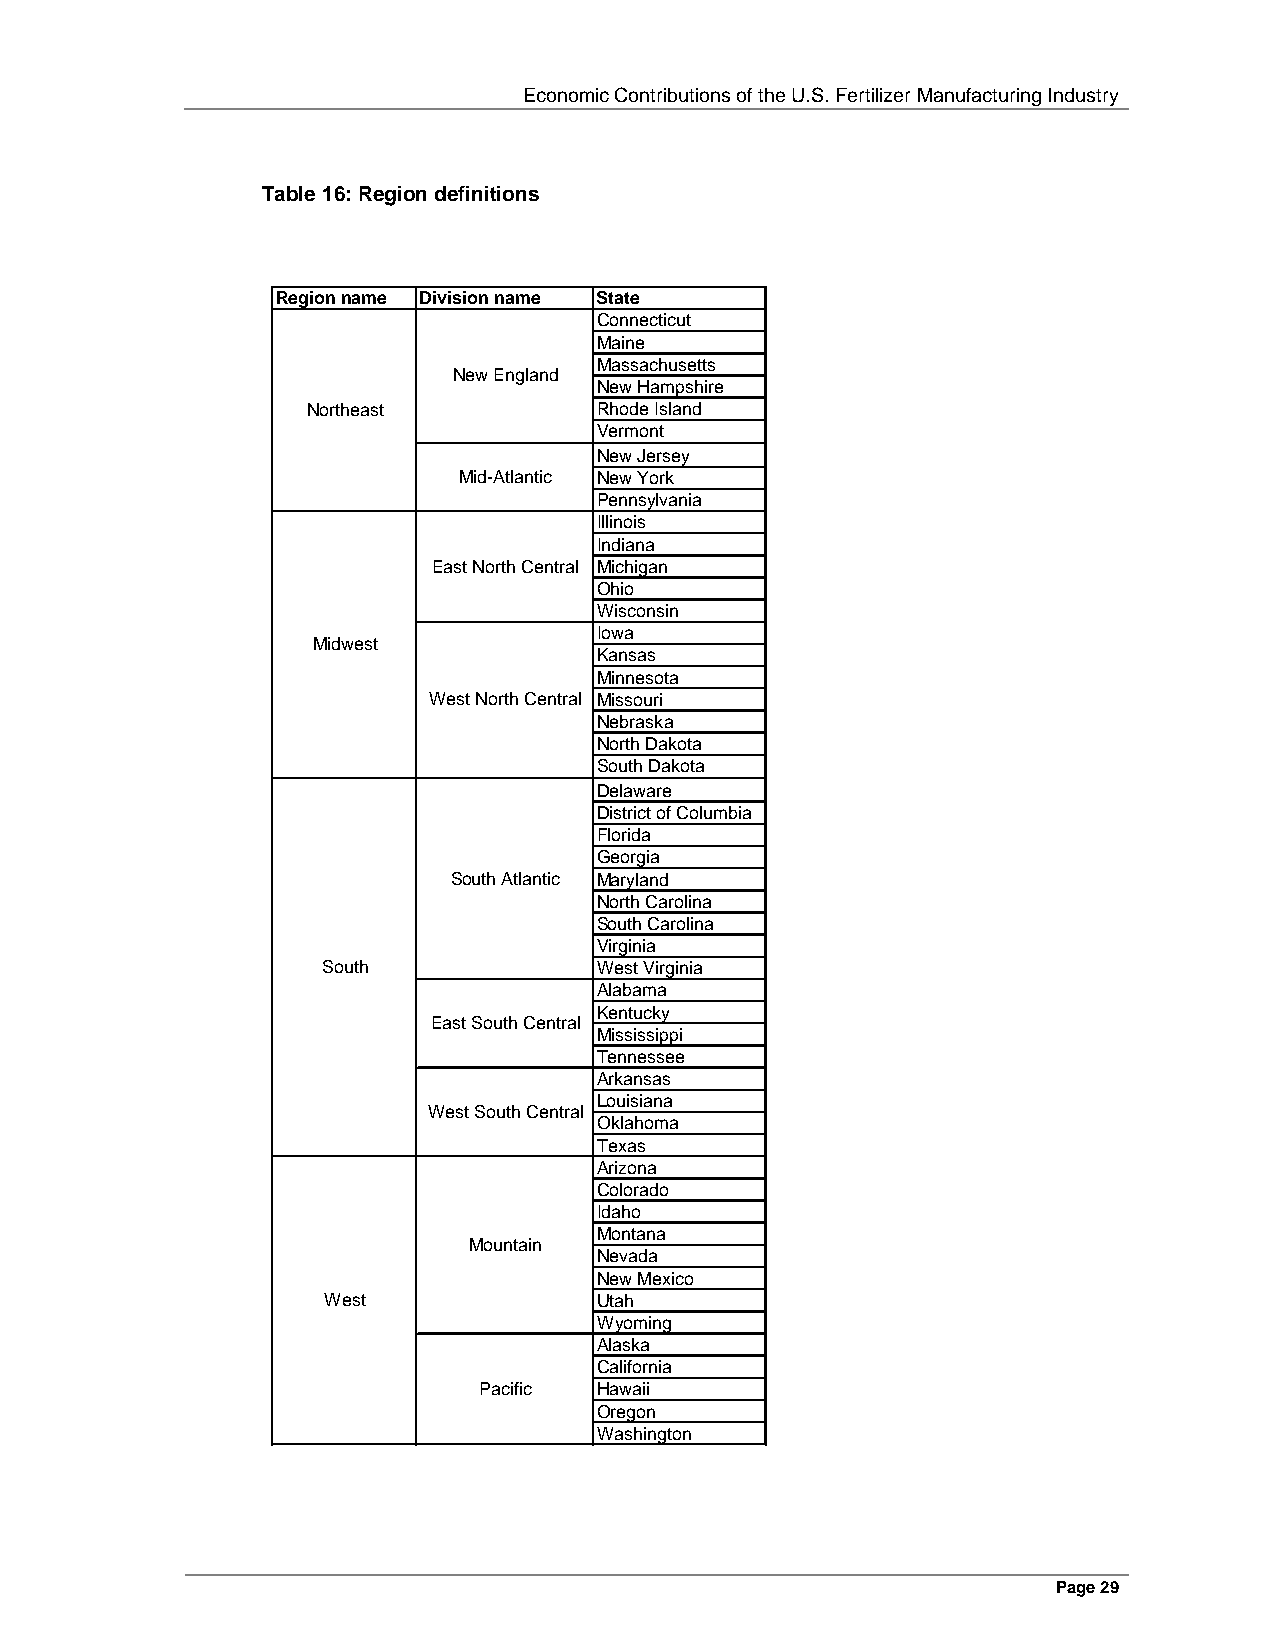
Economic Contributions of the U.S. Fertilizer Manufacturing Industry
 Table 16: Region definitions
 Region name Division name State
 Connecticut
 Maine
 Massachusetts
 New England
 New Hampshire
 Northeast           Rhode Island
 Vermont
 New Jersey
 Mid-Atlantic New York
 Pennsylvania
 Illinois
 Indiana
 East North Central Michigan
 Ohio
 Wisconsin
 Iowa
 Midwest
 Kansas
 Minnesota
 West North Central Missouri
 Nebraska
 North Dakota
 South Dakota
 Delaware
 District of Columbia
 Florida
 Georgia
 South Atlantic Maryland
 North Carolina
 South Carolina
 Virginia
 South              West Virginia
 Alabama
 Kentucky
 East South Central
 Mississippi
 Tennessee
 Arkansas
 Louisiana
 West South Central
 Oklahoma
 Texas
 Arizona
 Colorado
 Idaho
 Montana
 Mountain
 Nevada
 New Mexico
 West               Utah
 Wyoming
 Alaska
 California
 Pacific Hawaii
 Oregon
 Washington
 Page 29